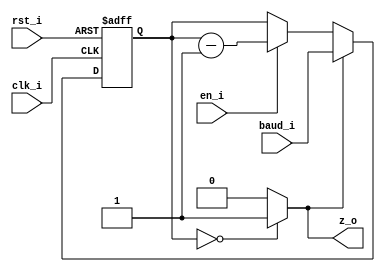
// Name: clk_div_tx.v
//
// Description: Contador descendente que genera una base de tiempo de xxxx baudios 

module clk_div_tx #(
  parameter Width = 15
) (
  input              rst_i,
  input              clk_i,
  input              en_i,   // Habilitador que decrementa o mantiene al contador 
  input  [Width-1:0] baud_i, // Valor que se le carga a la base de tiempo 
  output             z_o     // Salida de la base de tiempo
);
  
  reg  [Width-1:0] reg_q;
  wire [Width-1:0] mux1;
  wire [Width-1:0] mux2_d;
  wire             comp;

  assign mux1 = (en_i) ? reg_q - 1 : reg_q; // Decrementa o mantiene el contador
  assign mux2_d = (comp) ? baud_i : mux1;   // Carga baud o selecciona mux1
  
  always @(posedge clk_i, posedge rst_i) begin
    if (rst_i)
      reg_q <= 0;
    else
      reg_q <= mux2_d;    
  end

  assign comp = (reg_q == 0) ? 1'b1 : 1'b0;
  assign z_o = comp;
  
endmodule